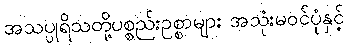
အသပ္ပုရိသတို့ပစ္စည်းဥစ္စာများ အသုံးမဝင်ပုံနှင့်